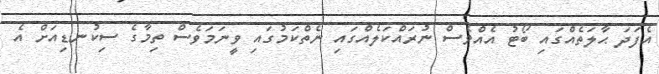
އެފަދަ ޙާލަތެއްގައި ބޯޓު އެއްވެސް ނުރައްކަލެއްގައި ނެތްކަމުގައި ވީނަމަވެސް ތިމާގެ ސިކުނޑިއަށް އެ